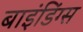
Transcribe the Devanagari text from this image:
बाइंडिंग्स